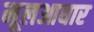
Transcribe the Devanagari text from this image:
मूलआधार